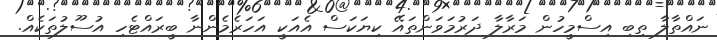
ނައްތާލާ ތިބި އިސްމީހުން މަރާލާ ދަރުމަވަންތައޭ ކިޔަކަސް އެއަކީ އަހަރެމެންނާ ބީރައްޓެހި އުސޫލުތަކެއް.